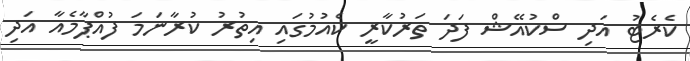
ކެރެޓު އަދި ސްކުއޭޝް ފަދަ ތަރުކާރީ ކެއުމުގައި އިތުރު ކުރާނަމަ ފުއްޕާމެއާ އަދި